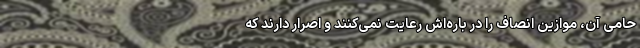
حامی آن، موازین انصاف را در باره‌اش رعایت نمی‌کنند و اصرار دارند که